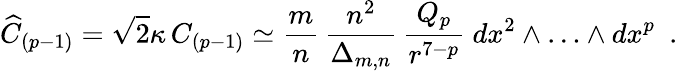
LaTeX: {\widehat C}_{(p-1)}=\sqrt{2}\kappa\, C_{(p-1)}\simeq\frac{m}{n}\, \frac{n^{2}}{\Delta_{m,n}}\, \frac{Q_{p}}{r^{7-p}}~dx^{2}\wedge\ldots\wedge dx^{p}~~.